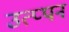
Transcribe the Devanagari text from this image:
उत्प्पन